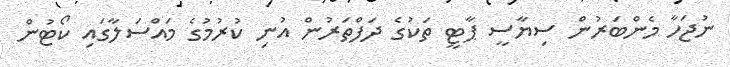
ނުޖަހާ މެންބަރުން ސިޔާސީ ޕާޓީ ތަކުގެ ދަފްތަރުން އުނި ކުރުމުގެ މައްސަލާގައި ކޯޓުން